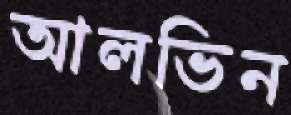
আলভিন